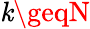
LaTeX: \mathit{k}\geqN